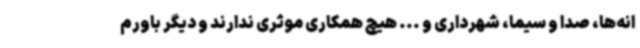
انه‌ها، صدا و سیما، شهرداری و ... هیچ همکاری موثری ندارند و دیگر باورم